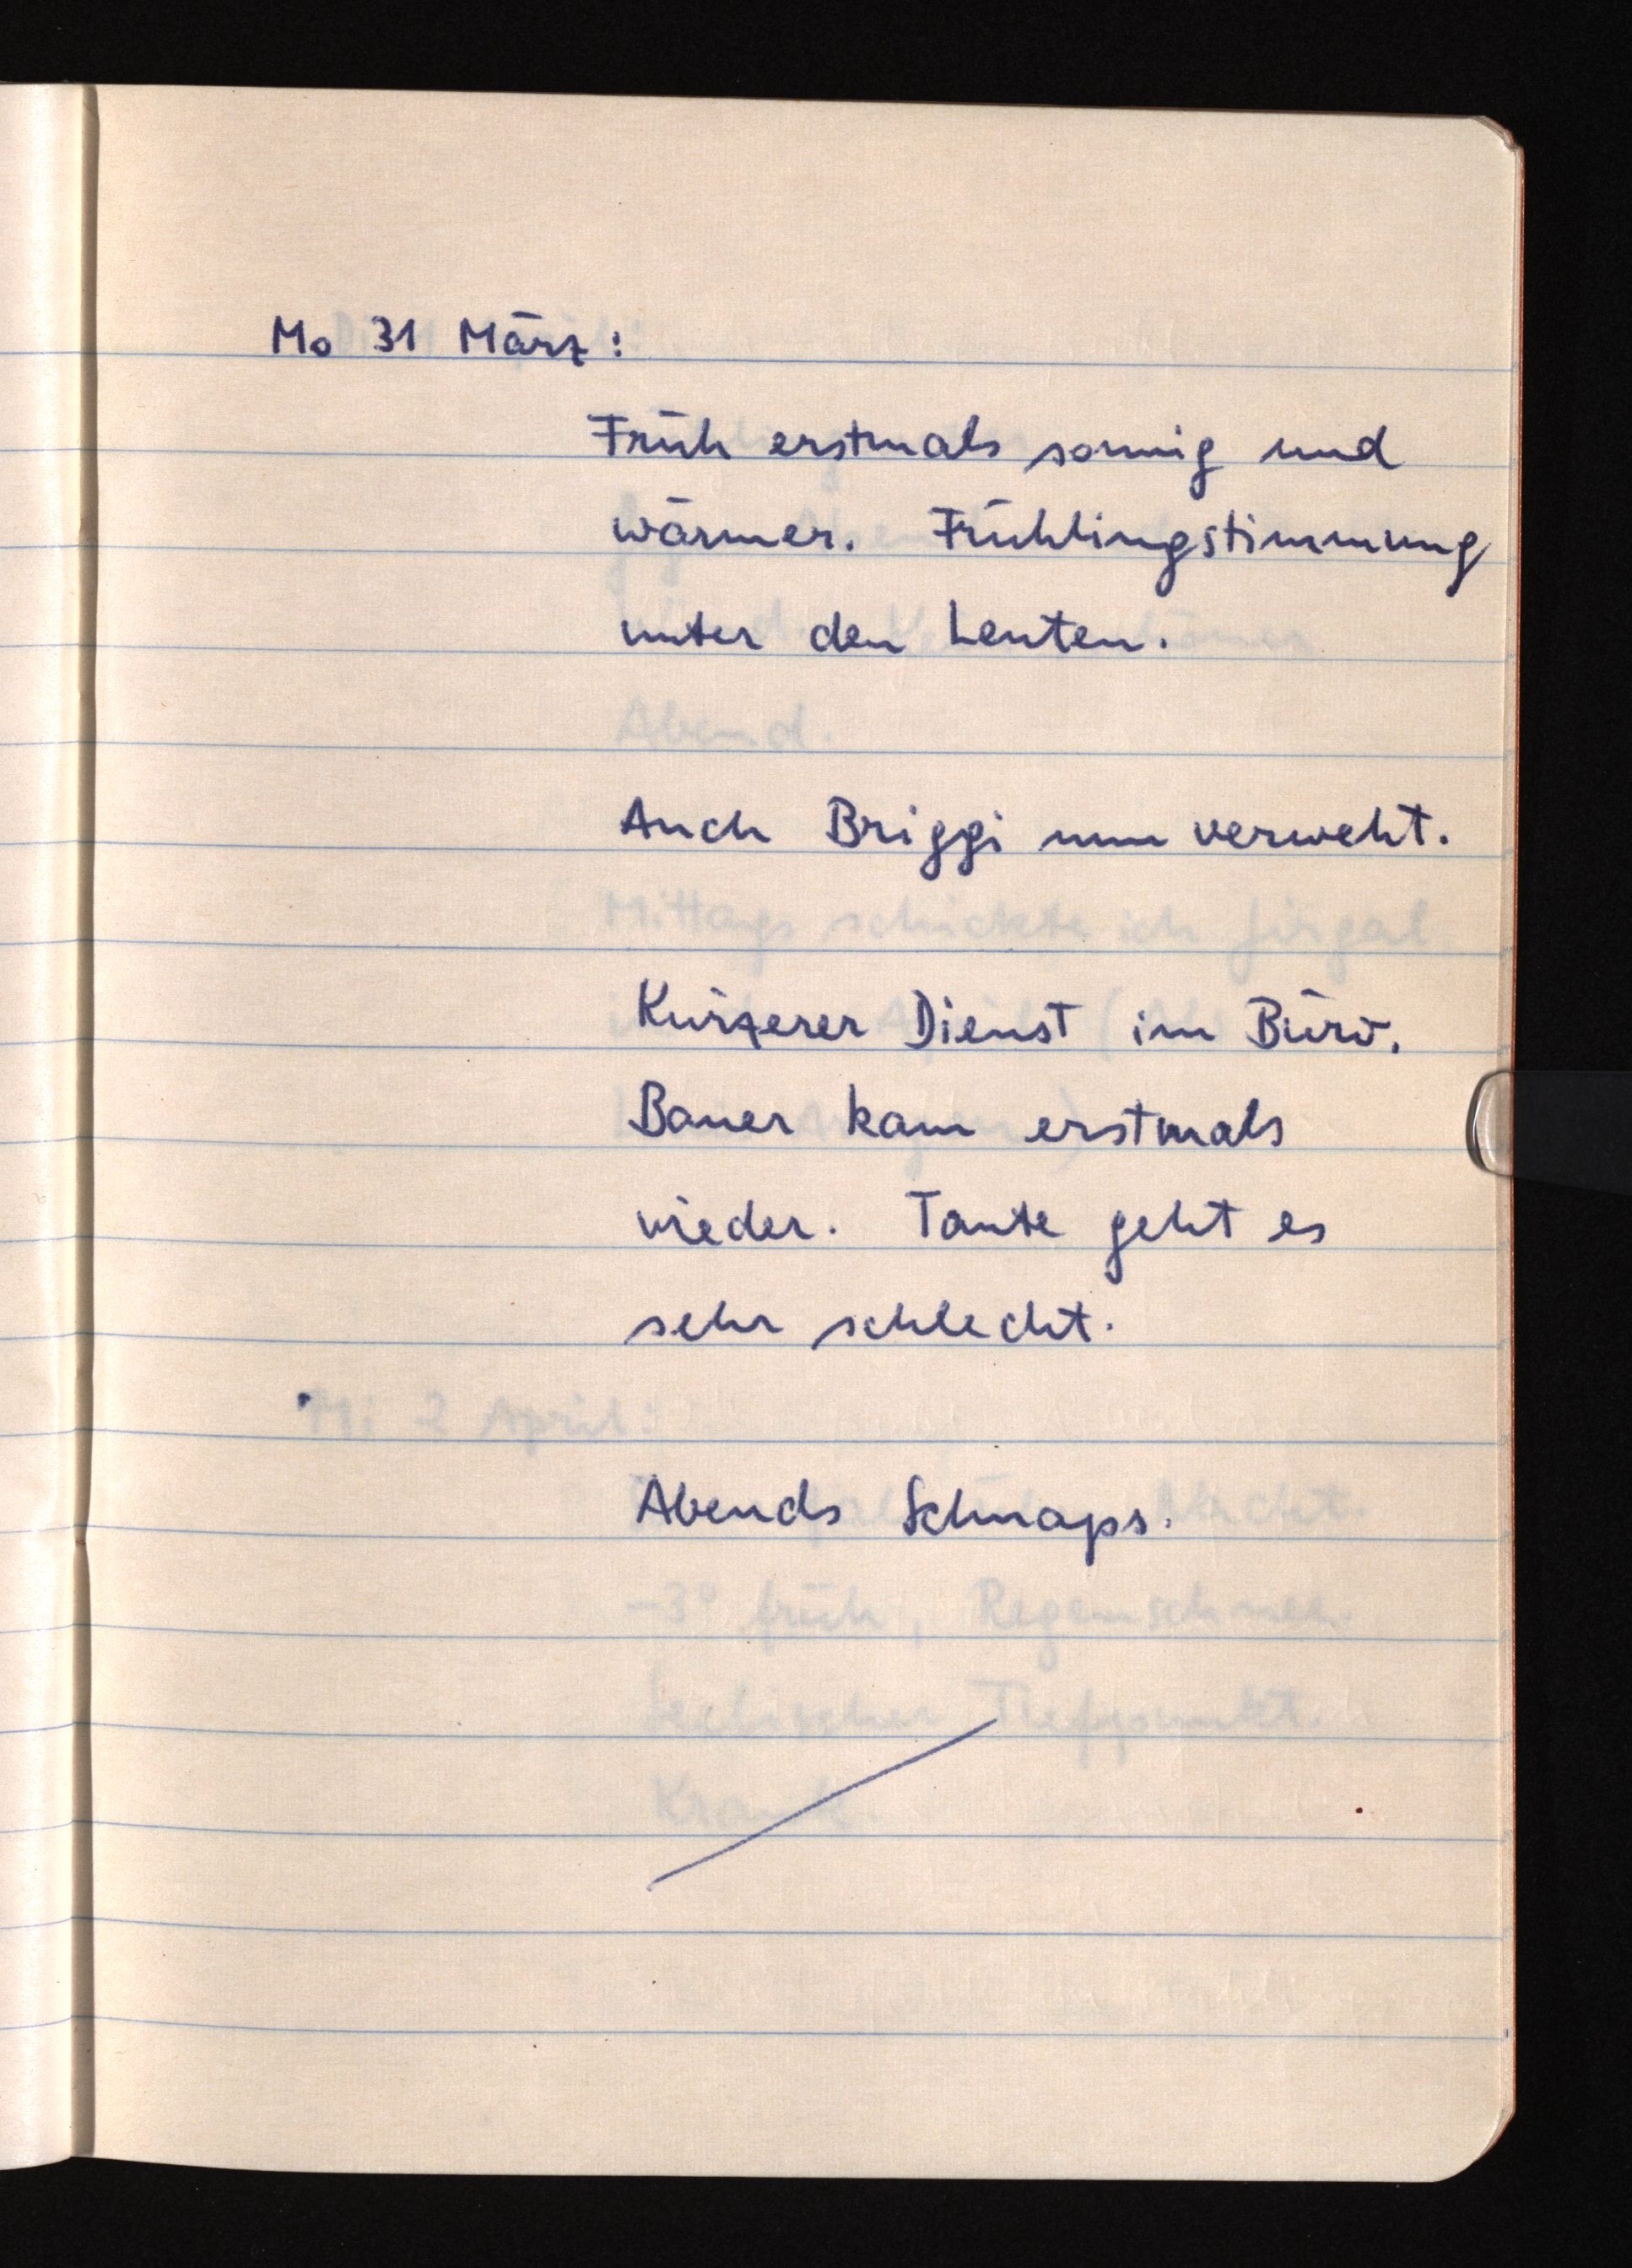
Mo 31 März:
Früh erstmals sonnig und
wärmer. Frühlingstimmung
unter den Leuten.
Auch Briggi nun verweht.
Kürzerer Dienst im Büro.
Bauer kam erstmals
wieder. Tante geht es
sehr schlecht.
Abends Schnaps.